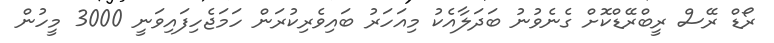
ރޯޑް ރޭސް ރީބްރޭޑްކޮށް ގެނެވުނު ބަދަލާއެކު މިއަހަރު ބައިވެރިކުރަން ހަމަޖެހިފައިވަނީ 3000 މީހުން